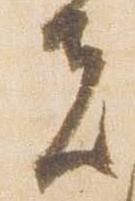
夫